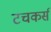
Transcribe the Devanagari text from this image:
टचकर्स